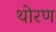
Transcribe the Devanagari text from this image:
थोरण